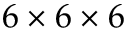
6 \times 6 \times 6